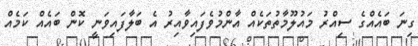
ގިނަ ބައެއްގެ ސިއްރު މައުލޫމާތުތަކެއް އާންމުވެފައިވާއިރު އެ ބަލާފައިވަނީ ކޮން ބައެއް ކަމެއް